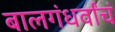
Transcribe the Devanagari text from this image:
बालगंधर्वांचं